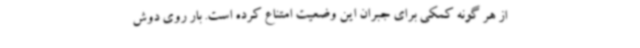
از هر گونه کمکی برای جبران این وضعیت امتناع کرده است. بار روی دوش